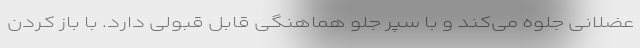
عضلانی جلوه می‌کند و با سپر جلو هماهنگی قابل قبولی دارد. با باز کردن